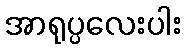
အာရုပ္ပလေးပါး